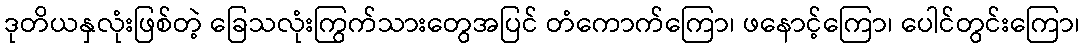
ဒုတိယနှလုံးဖြစ်တဲ့ ခြေသလုံးကြွက်သားတွေအပြင် တံကောက်ကြော၊ ဖနောင့်ကြော၊ ပေါင်တွင်းကြော၊